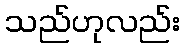
သည်ဟုလည်း